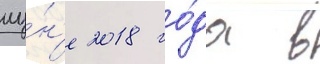
иу́н'е 2018 го́да в